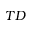
T D